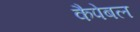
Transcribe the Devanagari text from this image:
कैपेबल